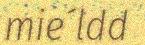
mie´ldd